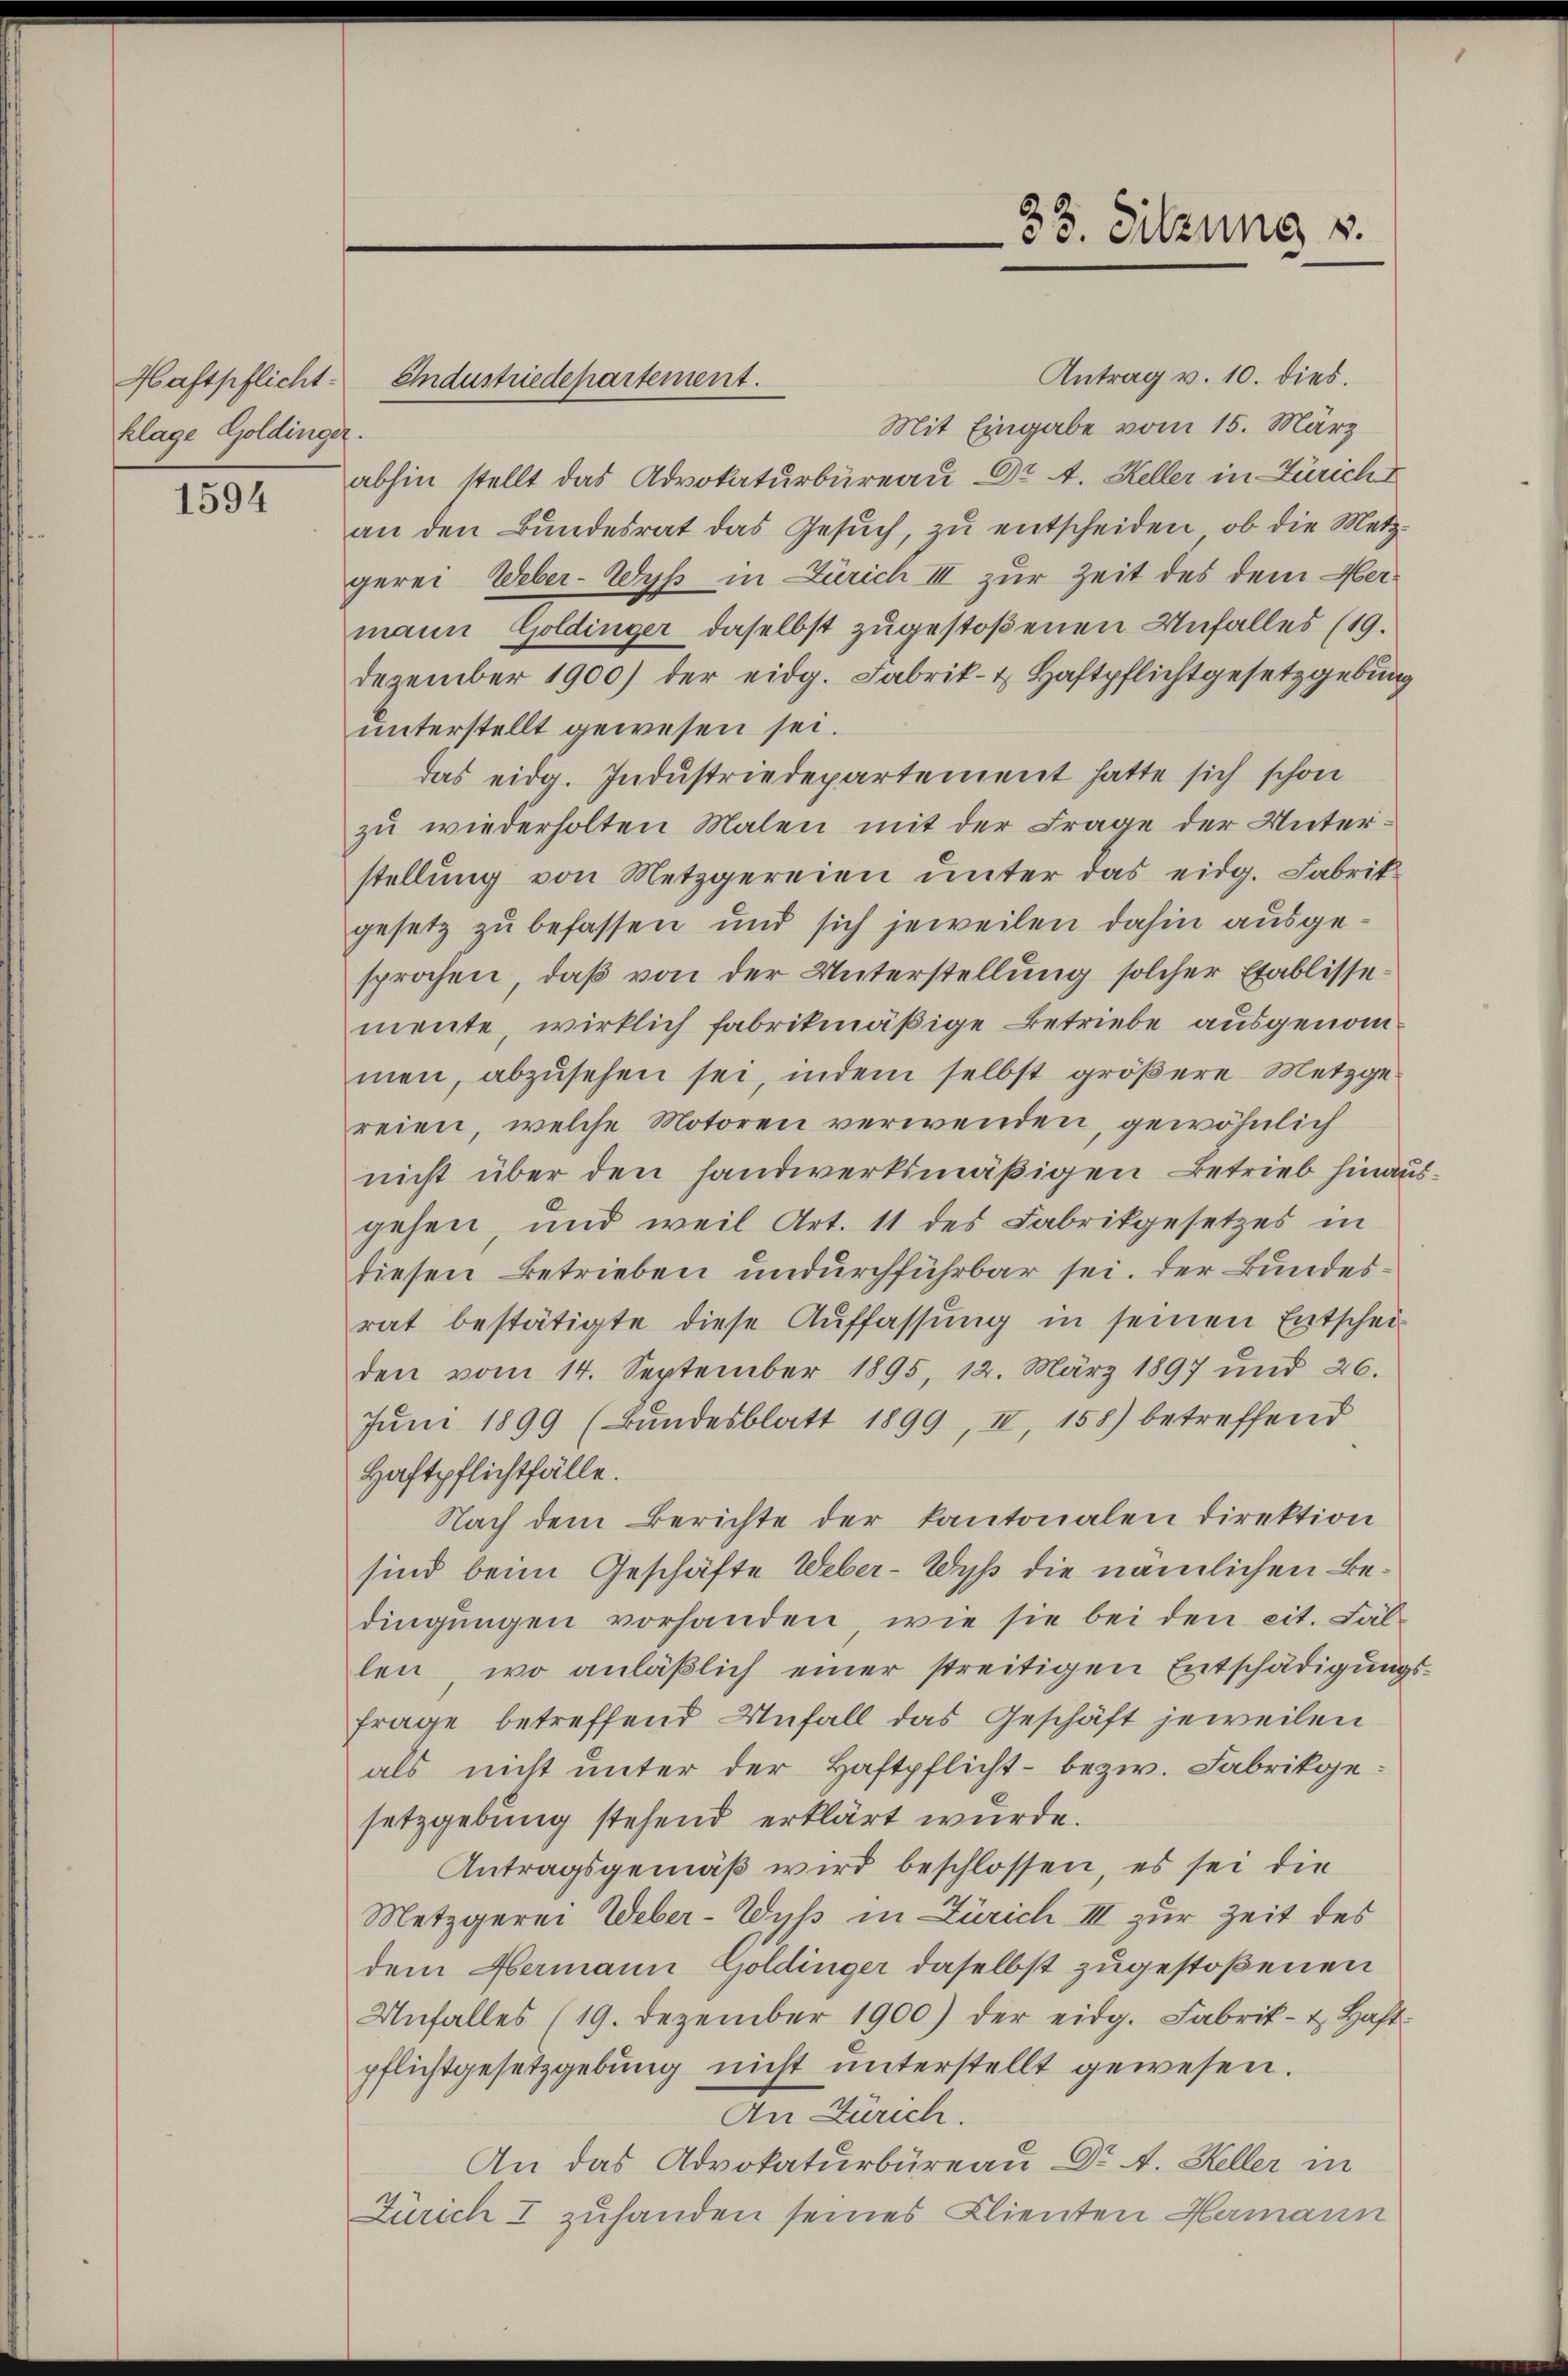
Haftpflicht
klage Goldinger.

1594

Antrag v. 10. dies.
Industriedepartement.
Mit Eingabe vom 15. März
abhin stellt das Advokaturbureau Dr. A. Keller in Züricht
an den Bŭndesrat das Gesŭch, zŭ entscheiden, ob die Metz-
gerei Weber-Wyß in Zürich III zur Zeit des dem Hermann Goldinger daselbst zugestoßenen Unfalles (19.
Dezember 1900) der eidg. Fabrik- & Haftpflichtgesetzgebung
unterstellt gewesen sei.
das eidg. Industriedepartement hatte sich schon
zu wiederholten Malen mit der Frage der Unterstellung von Metzgereien unter das eidg. Fabrik
gesetz zu befassen und sich jeweilen dahin ausgesprochen, daß von der Unterstellung solcher Etablissemente, wirklich fabrikmäßige Betriebe ausgenommen, abzŭsehen sei, indem selbst größere Metzgereien, welche Motoren verwenden, gewöhnlich
nicht über den handwerksmäßigen Betrieb hinausgehen, und weil Art. 11 des Fabrikgesetzes in
diesen Betrieben undurchführbar sei. Der Bundesrat bestätigte diese Auffassung in seinen Entschei-
den vom 14. September 1895, 12. März 1897 und 26.
Jŭni 1899 (Bundesblatt 1899, II, 158) betreffend
Haftpflichtfälle.
Nach dem Berichte der kantonalen Direktion
sind beim Geschäfte Weber-Wyß die nämlichen Bedingungen vorhanden, wie sie bei den cit. Fällen wo anläβlich einer streitigen Entschädigŭngs-
Frage betreffend Unfall das Geschäft jeweilen
als nicht unter der Haftpflicht- bezw. Fabrikge
setzgebung stehend erklärt wurde.
Antragsgemäß wird beschlossen, es sei die
Metzgerei Weber-Wyß in Zürich III zur Zeit des
dem Hermann Goldinger daselbst zugestoßenen
Unfalles (19. Dezember 1900) der eidg. Fabrik- u. Haft-
pflichtgesetzgebung nicht unterstellt gewesen.
An Zürich.
An das Advokaturbüreau Dr. A. Heller in
Zürich I zuhanden seines Clienten Hermann

33. Sitzung u.